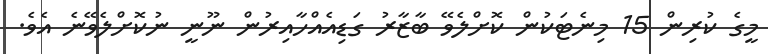
މީގެ ކުރިން 15 މިނެޓަކުން ކޮށްލެވޭ ބާޒާރު ގަޑިއެއްހާއިރުން ނޫނީ ނުކޮށްލެވޭނެ އެވެ.